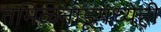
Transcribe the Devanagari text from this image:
तमिळनाडूमध्येही